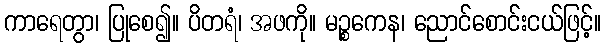
ကာရေတွာ၊ ပြုစေ၍။ ပိတရံ၊ အဖကို။ မဉ္စကေန၊ ညောင်စောင်းငယ်ဖြင့်။